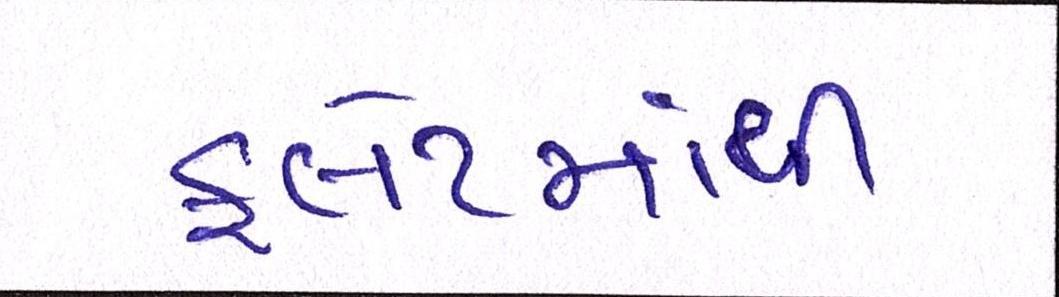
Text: ફલેટમાંથી